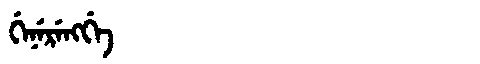
Manchu: ᡤᡝᠨᡝᡵᡝᠩᡤᡝ
Romanization: GENERENGGE